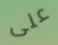
على